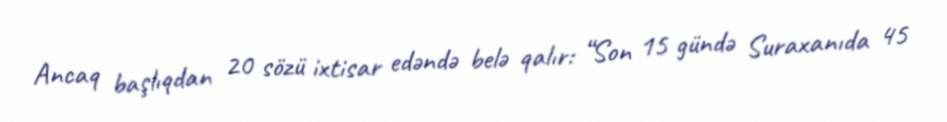
Ancaq başlıqdan 20 sözü ixtisar edəndə belə qalır: “Son 15 gündə Suraxanıda 45